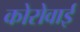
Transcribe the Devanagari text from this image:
कोरोवाई